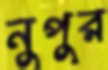
নুপুর